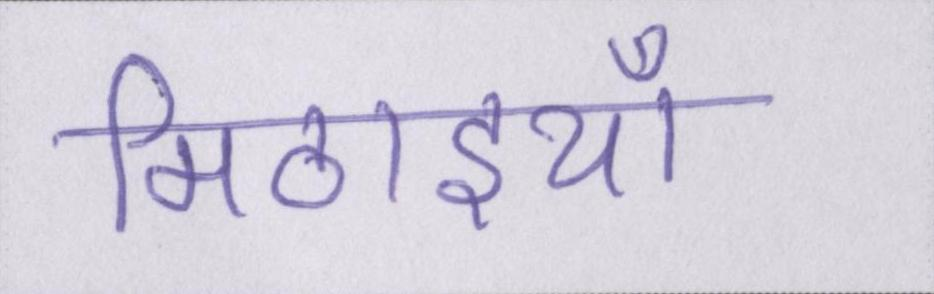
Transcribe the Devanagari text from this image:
मिठाइयाँ